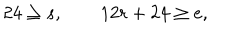
2 4 \geq s , \qquad 1 2 r + 2 4 \geq e ,